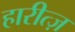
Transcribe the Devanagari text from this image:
हारीत्ज़